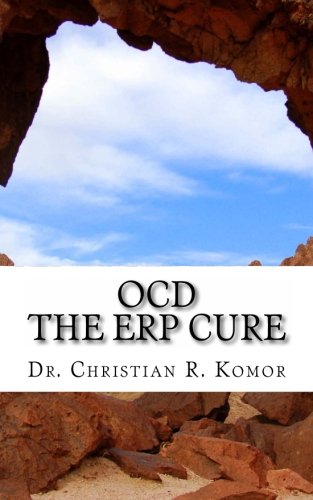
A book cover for OCD - The ERP Cure: 5 Principles and 5 Steps to Turning Off OCD!; Dr Christian R. Komor; Health, Fitness & Dieting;